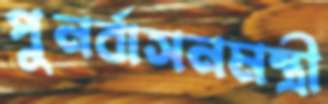
পুনর্বাসনমন্ত্রী